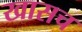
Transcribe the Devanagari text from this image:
खासच